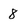
Character: 8